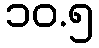
၁၀.၅